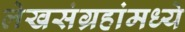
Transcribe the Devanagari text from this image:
लेखसंग्रहांमध्ये